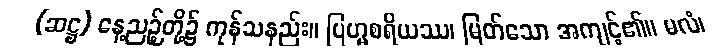
(ဆဋ္ဌ) နေ့ညဉ့်တို့၌ ကုန်သနည်း။ ဗြဟ္မစရိယဿ၊ မြတ်သော အကျင့်၏။ မလံ၊